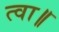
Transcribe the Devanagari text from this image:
त्वा॥